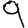
Digit: 9